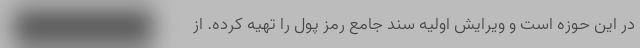
در این حوزه است و ویرایش اولیه سند جامع رمز پول را تهیه کرده. از